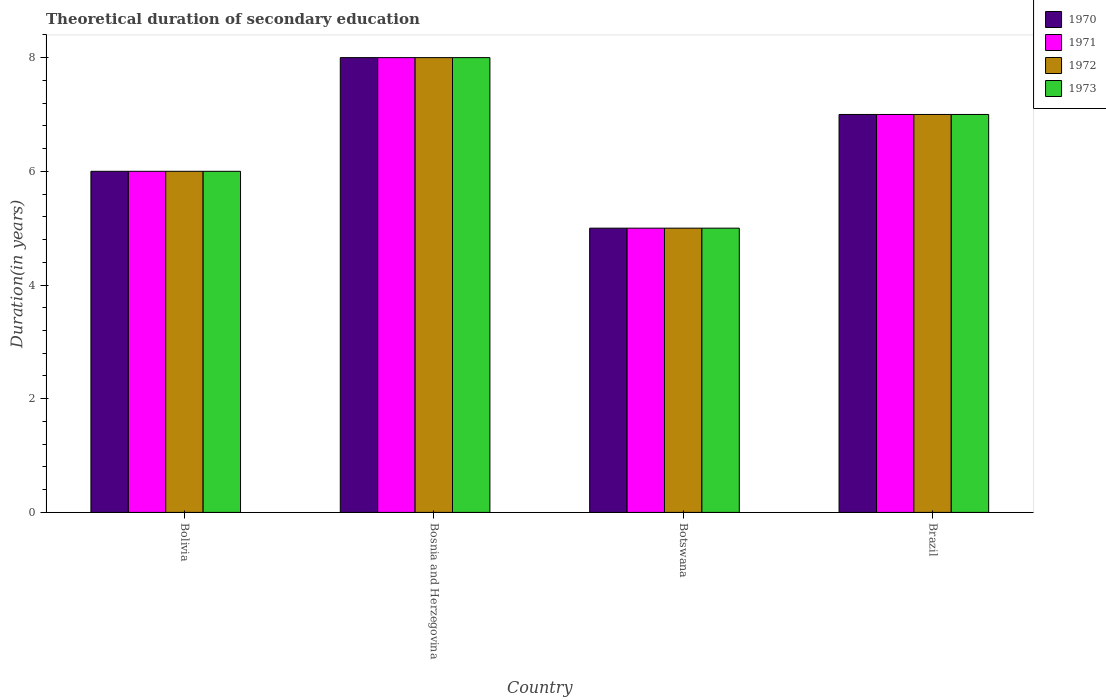
| Country | 1970 | 1971 | 1972 | 1973 |
 | --- | --- | --- | --- | --- |
 | Bolivia | 6 | 6 | 6 | 6 |
 | Bosnia and Herzegovina | 8 | 8 | 8 | 8 |
 | Botswana | 5 | 5 | 5 | 5 |
 | Brazil | 7 | 7 | 7 | 7 |